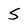
Character: S